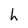
Character: h